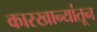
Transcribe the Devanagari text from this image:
कारखान्यांतून